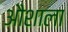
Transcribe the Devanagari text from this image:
औशाला